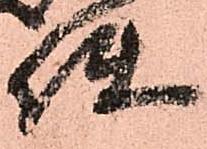
使